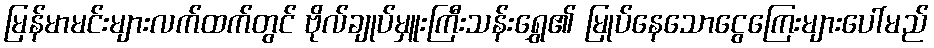
မြန်မာမင်းများလက်ထက်တွင် ဗိုလ်ချုပ်မှူးကြီးသန်းရွှေ၏ မြုပ်နေသောငွေကြေးများပေါ်မည်